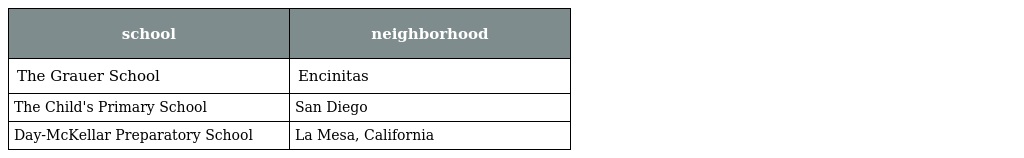
| school | neighborhood |
 | --- | --- |
 | The Grauer School | Encinitas |
 | The Child's Primary School | San Diego |
 | Day-McKellar Preparatory School | La Mesa, California |